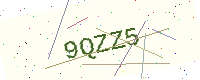
Text: 9QZZ5